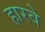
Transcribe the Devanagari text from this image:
हारवे